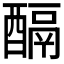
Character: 𨢌